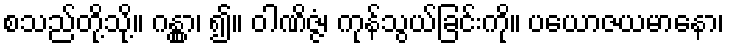
စသည်တို့သို့။ ဂန္တွာ၊ ၍။ ဝါဏိဇ္ဇံ၊ ကုန်သွယ်ခြင်းကို။ ပယောဇယမာနော၊